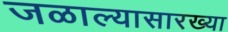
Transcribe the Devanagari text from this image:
जळाल्यासारख्या